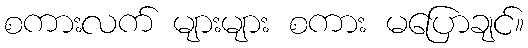
စကားလက် များများ စကား မပြောချင်။